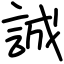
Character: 誠